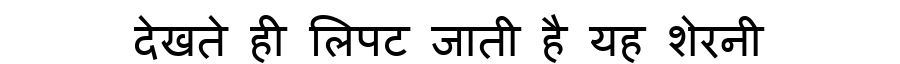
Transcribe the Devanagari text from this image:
देखते ही लिपट जाती है यह शेरनी